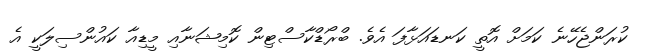
ކުރަންޖެހޭނެ ކަމަށް އޮތީ ކަނޑައަޅާފަ އެވެ. ބްރޯޑްކާސްޓިން ކޮމިޝަނާއި މީޑިއާ ކައުންސިލަކީ އެ